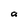
Character: a